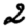
Digit: 2